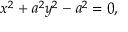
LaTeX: x ^ { 2 } + a ^ { 2 } y ^ { 2 } - a ^ { 2 } = 0 ,